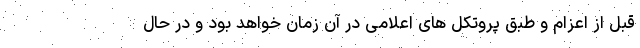
قبل از اعزام و طبق پروتکل های اعلامی در آن زمان خواهد بود و در حال